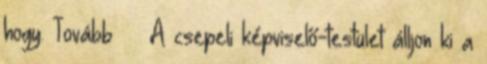
hogy. Tovább › ›A csepeli képviselő-testület álljon ki a